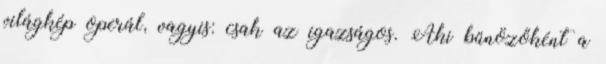
világkép operál, vagyis: csak az igazságos. Aki bűnözőként a